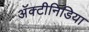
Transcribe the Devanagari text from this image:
अॅक्टीनिडिया